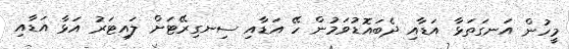
މީހުން އަނގަތަޅާ އަޑާއި ދެބައޮޑުވަމުން ހޭ އަޑާއި ސިނގިރޭޓަށް ލައިޓަރު އަޅާ އަޑާއި